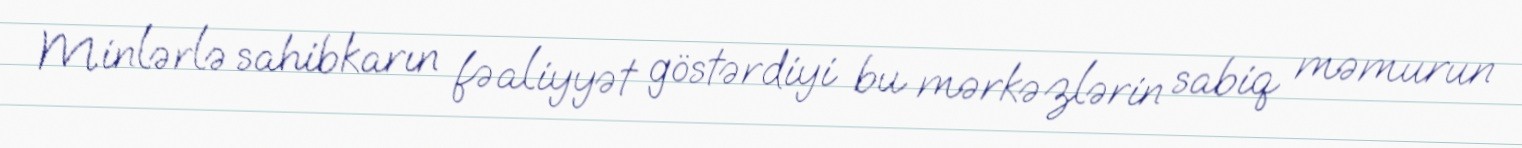
Minlərlə sahibkarın fəaliyyət göstərdiyi bu mərkəzlərin sabiq məmurun